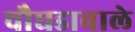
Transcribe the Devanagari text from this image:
चौघडावाले